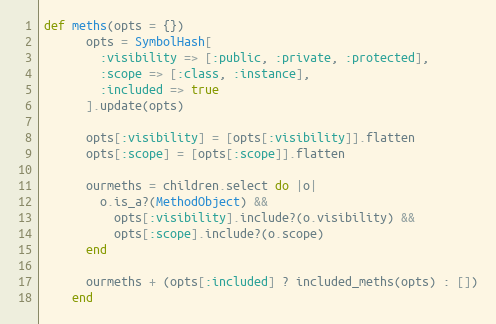
Language: Ruby
def meths(opts = {})
      opts = SymbolHash[
        :visibility => [:public, :private, :protected],
        :scope => [:class, :instance],
        :included => true
      ].update(opts)

      opts[:visibility] = [opts[:visibility]].flatten
      opts[:scope] = [opts[:scope]].flatten

      ourmeths = children.select do |o|
        o.is_a?(MethodObject) &&
          opts[:visibility].include?(o.visibility) &&
          opts[:scope].include?(o.scope)
      end

      ourmeths + (opts[:included] ? included_meths(opts) : [])
    end